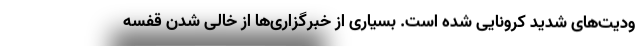
ودیت‌های شدید کرونایی شده است. بسیاری از خبرگزاری‌ها از خالی شدن قفسه